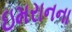
ઇમરાનના